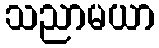
သညာမယာ